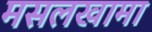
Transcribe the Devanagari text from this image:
मसलखामा